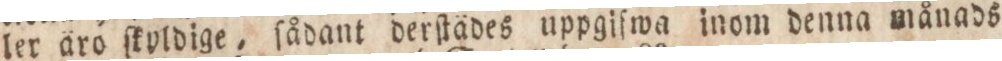
ler äro ſkyldige, ſådant derſtädes uppgiſwa inom denna månads